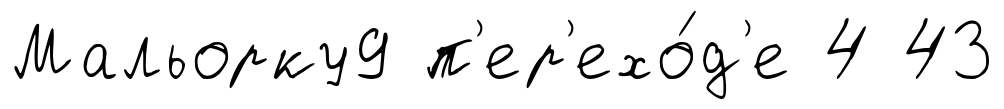
Мальорку9 п'ер'ехо́д'е 4 43